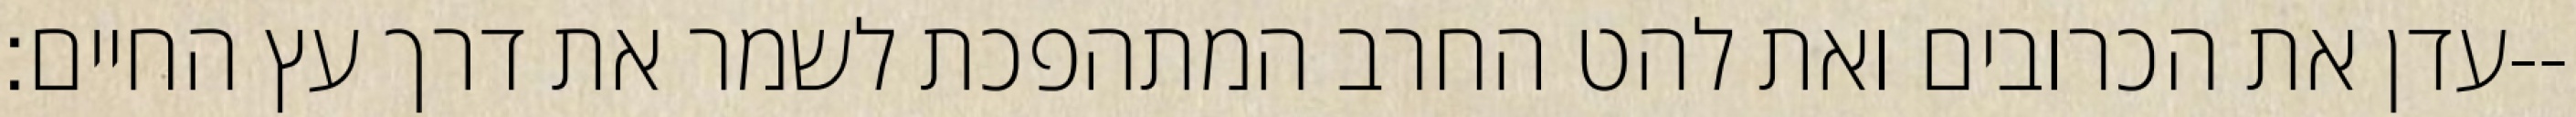
עדן את הכרובים ואת להט החרב המתהפכת לשמר את דרך עץ החיים׃--